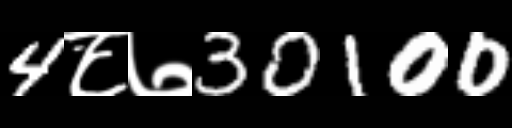
Text: 4८७30100